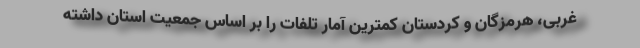
غربی، هرمزگان و کردستان کمترین آمار تلفات را بر اساس جمعیت استان داشته